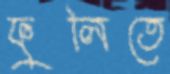
ফুলিতে